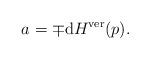
LaTeX: \begin{align*} a = \mp \mathrm{d} H ^{\mathrm{ver}} (p) . \end{align*}